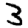
Digit: 3